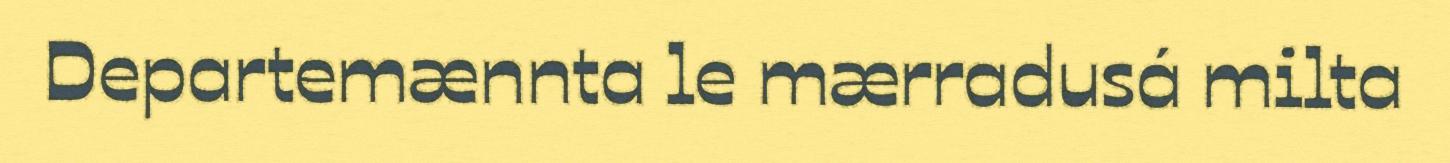
Departemænnta le mærradusá milta